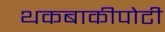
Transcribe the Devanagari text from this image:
थकबाकीपोटी